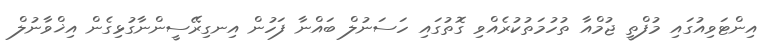
އިންޓަވިއުގައި މުފްތީ ޖުމްއާ ތުހުމަތުކުރެއްވި ގޮތުގައި ހަސަނުލް ބައްނާ ފަހުން އިނގިރޭސީންނާގުޅިގެން އިޚްވާނުލް